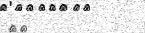
٢٤